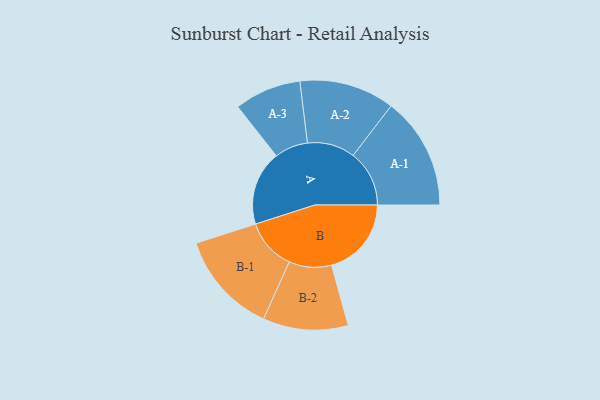
{"axis": {"x": "Segment", "y": "Value"}, "legend": ["", "A", "B"], "data": [{"x": "A", "y": 350, "type": ""}, {"x": "B", "y": 375, "type": ""}, {"x": "A-1", "y": 264, "type": "A"}, {"x": "A-2", "y": 224, "type": "A"}, {"x": "A-3", "y": 157, "type": "A"}, {"x": "B-1", "y": 241, "type": "B"}, {"x": "B-2", "y": 200, "type": "B"}]}